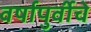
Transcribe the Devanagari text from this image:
वर्षापुर्वीचे